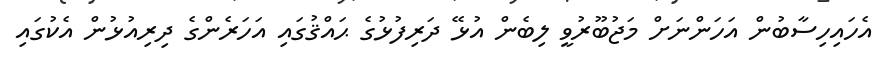
އެހައިހިސާބުން އަހަންނަށް މަޖުބޫރުވީ ލިބެން އުޅޭ ދަރިފުޅުގެ ޙައްޤުގައި އަހަރެންގެ ދިރިއުޅުން އެކުގައި